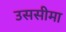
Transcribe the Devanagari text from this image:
उससीमा